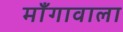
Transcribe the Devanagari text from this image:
माँगावाला